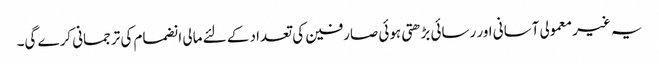
یہ غیر معمولی آسانی اور رسائی بڑھتی ہوئی صارفین کی تعداد کے لئے مالی انضمام کی ترجمانی کرے گی۔